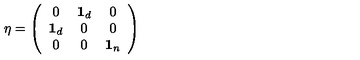
\eta = \left( \begin{array} { c c c } { 0 } & { { \bf 1 } _ { d } } & { 0 } \\ { { \bf 1 } _ { d } } & { 0 } & { 0 } \\ { 0 } & { 0 } & { { \bf 1 } _ { n } } \\ \end{array} \right)